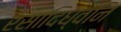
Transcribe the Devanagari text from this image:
रसादिध्वनि